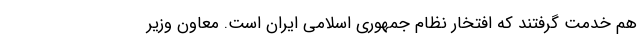
هم خدمت گرفتند که افتخار نظام جمهوری اسلامی ایران است. معاون وزیر